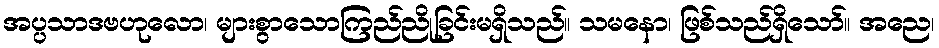
အပ္ပသာဒဗဟုလော၊ များစွာသောကြည်ညိုခြင်းမရှိသည်။ သမနော၊ ဖြစ်သည်ရှိသော်။ အညေ၊